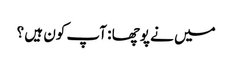
میں نے پوچھا : آپ کون ہیں ؟